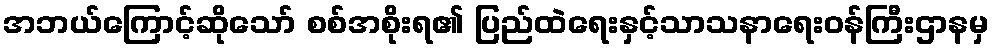
အဘယ်ကြောင့်ဆိုသော် စစ်အစိုးရ၏ ပြည်ထဲရေးနှင့်သာသနာရေးဝန်ကြီးဌာနမှ